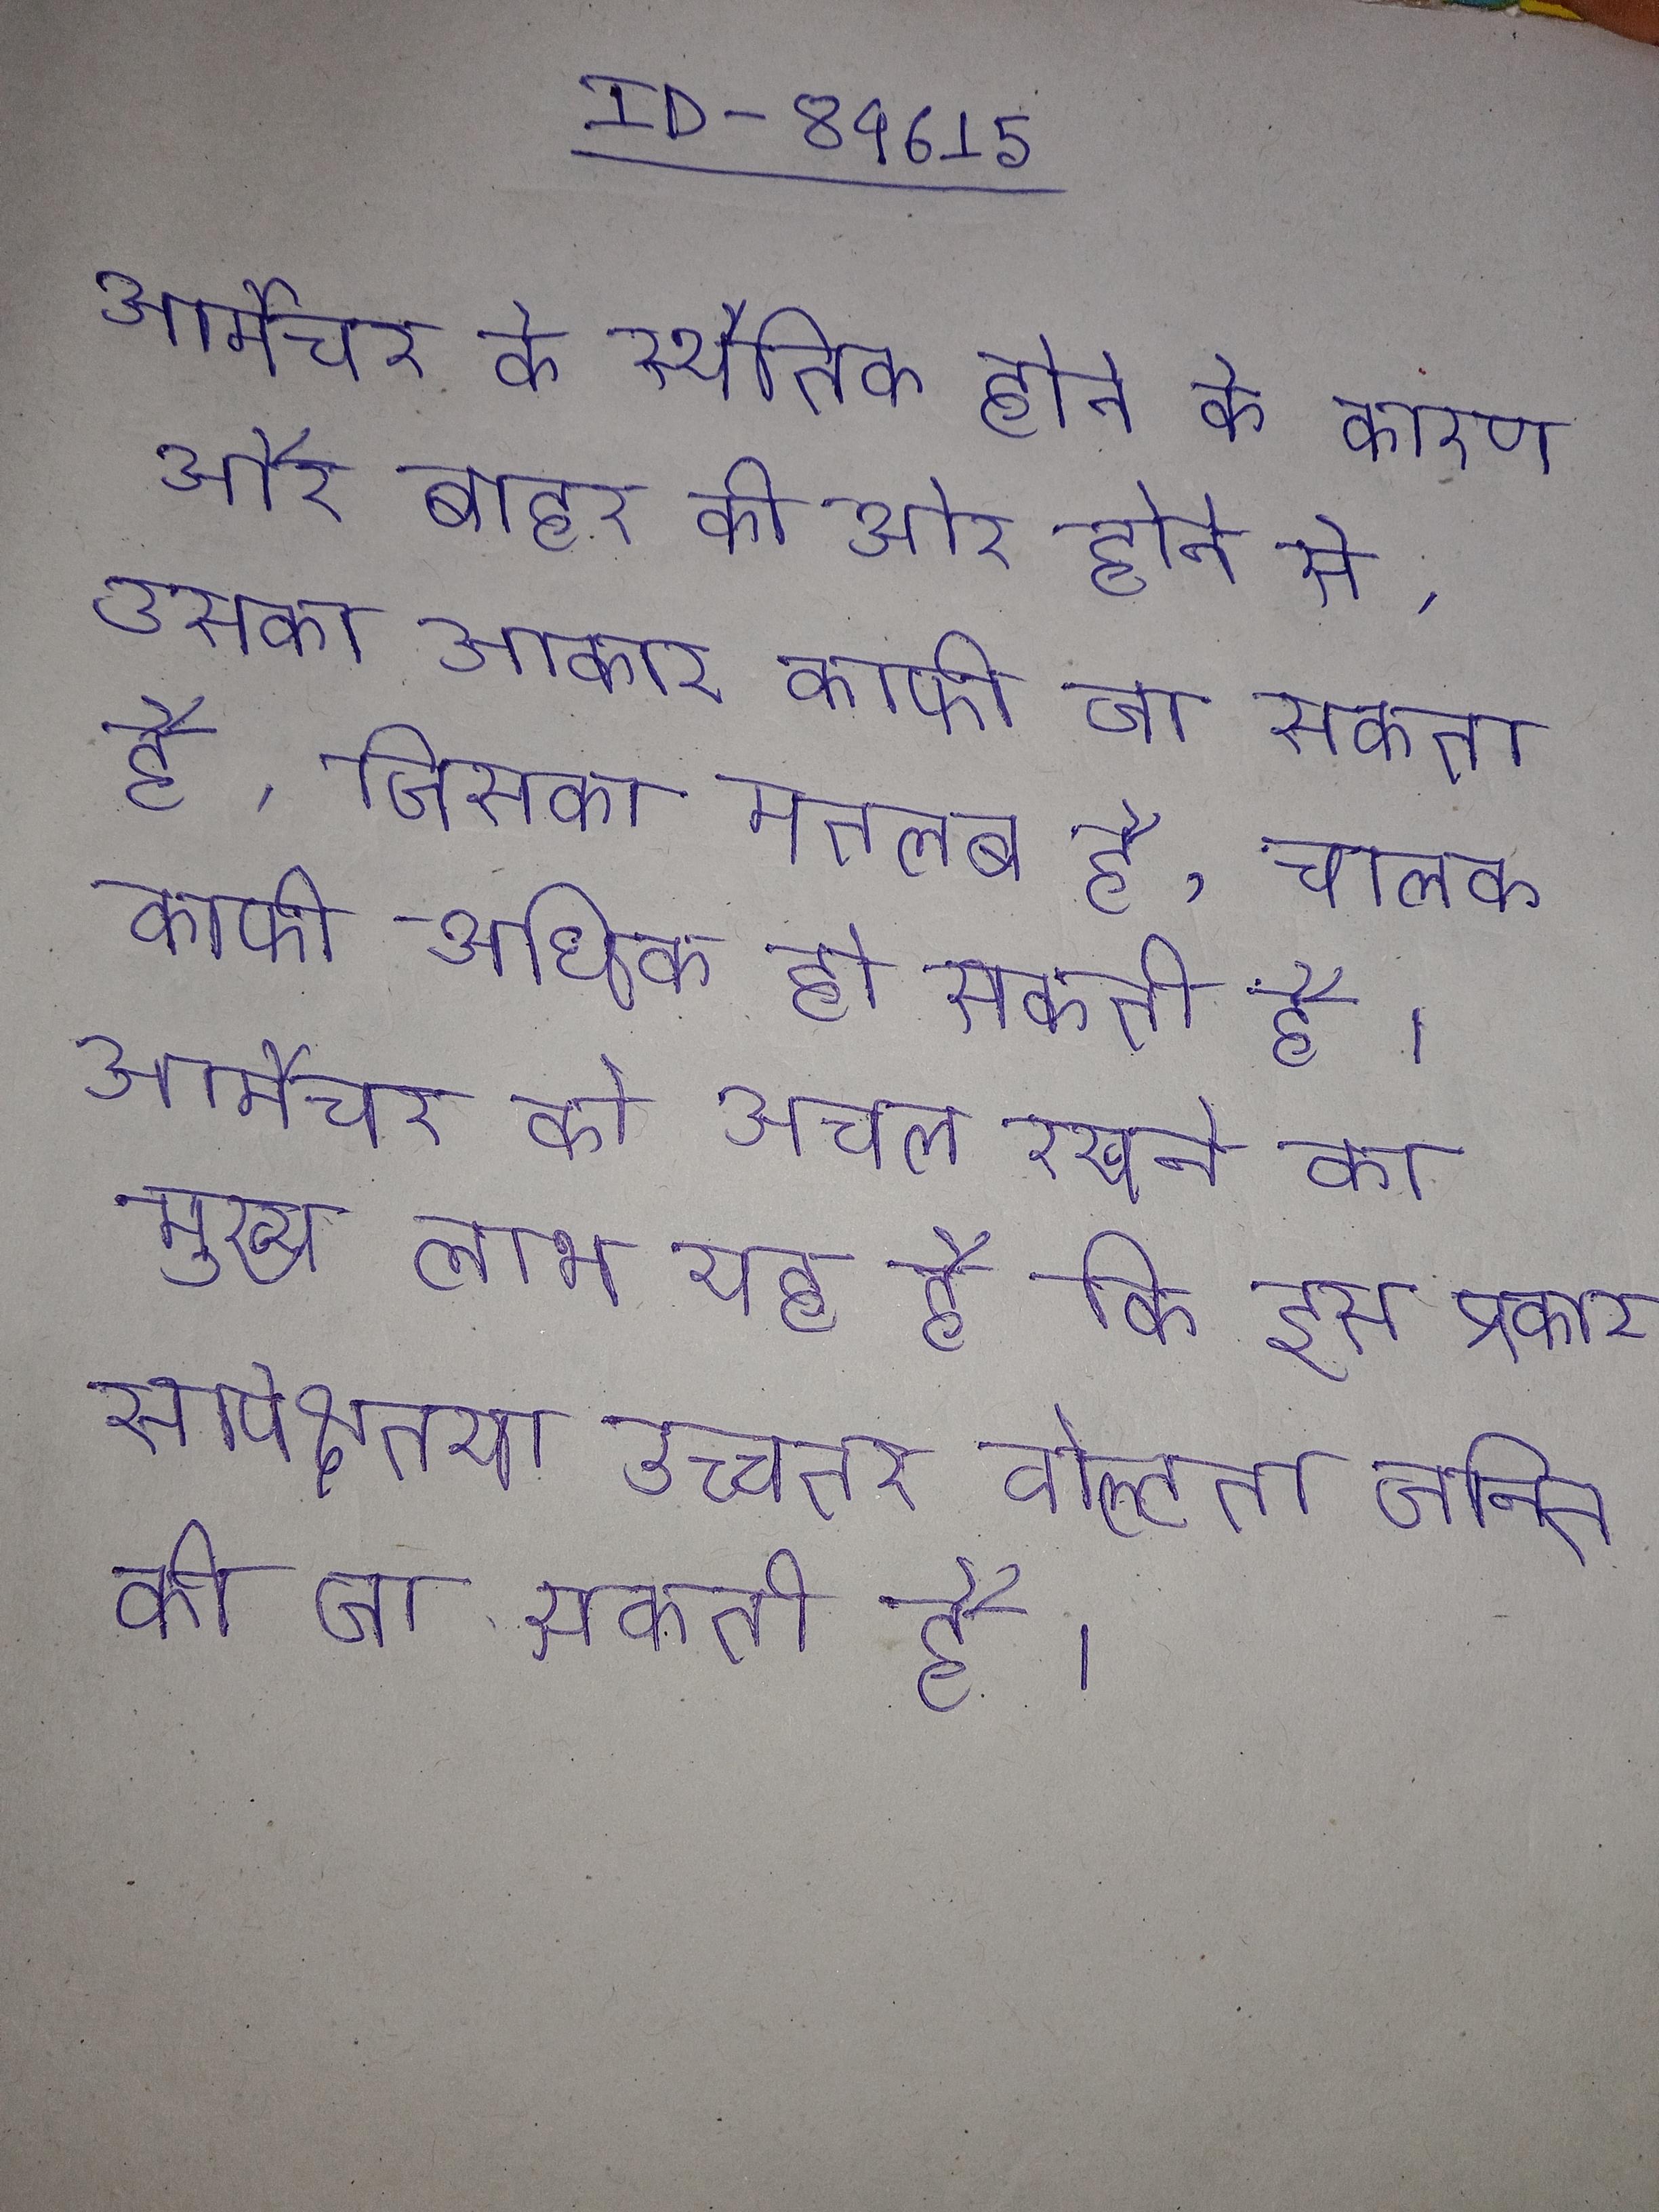
आर्मेचर के स्थैतिक होने के कारण और बाहर की ओर होने से, उसका आकार काफी जा सकता है, जिसका मतलब है, चालक काफी अधिक हो सकती है । आर्मेचर को अचल रखने का मुख्य लाभ यह है कि इस प्रकार सापेक्षतया उच्चतर वोल्टता जनित की जा सकती है ।